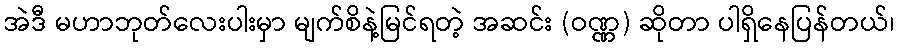
အဲဒီ မဟာဘုတ်လေးပါးမှာ မျက်စိနဲ့မြင်ရတဲ့ အဆင်း (ဝဏ္ဏ) ဆိုတာ ပါရှိနေပြန်တယ်၊